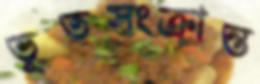
ভূতসংক্রান্ত